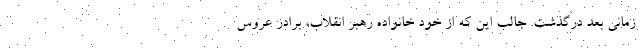
زمانی بعد درگذشت. جالب این که از خود خانواده رهبر انقلاب، برادر عروس